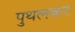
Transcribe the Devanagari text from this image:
पुथलकर